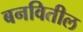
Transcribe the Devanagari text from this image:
बनवितील